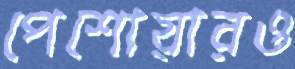
পেশোয়ারও